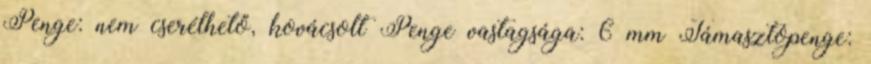
Penge: nem cserélhető, kovácsolt Penge vastagsága: 6 mm Támasztópenge: